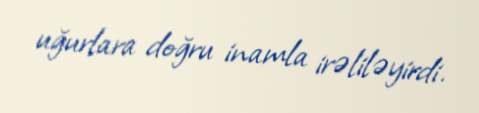
uğurlara doğru inamla irəliləyirdi.